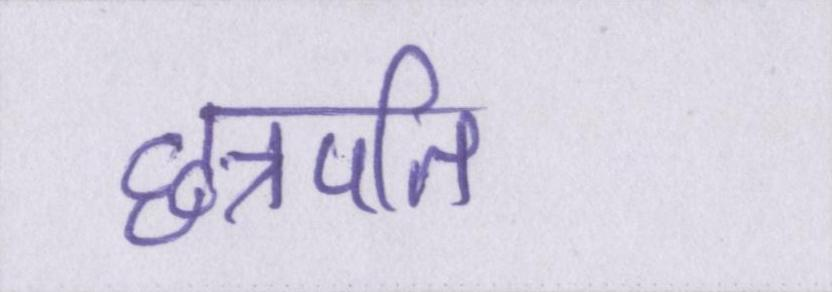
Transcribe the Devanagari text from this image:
छत्रपति